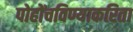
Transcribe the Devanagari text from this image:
पोहोंचविण्याकरिता